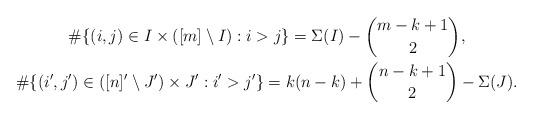
LaTeX: \begin{gather*}\# \{ (i,j) \in I \times ( [m] \setminus I ) : i > j \} =\Sigma(I) - \binom{m-k+1}{2},\\\# \{ (i',j') \in ([n]' \setminus J') \times J' : i' > j' \} =k(n-k) + \binom{n-k+1}{2} - \Sigma(J).\end{gather*}